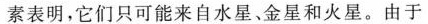
素表明，它们只可能来自水星、金星和火星。由于